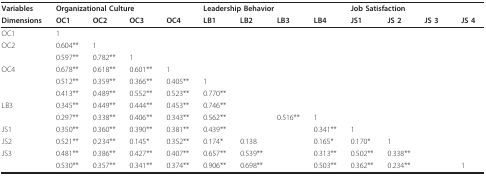
<table><thead><tr><td><b>Variables</b></td><td colspan="4"><b>Organizational Culture</b></td><td colspan="4"><b>Leadership Behavior</b></td><td colspan="4"><b>Job Satisfaction</b></td></tr><tr><td><b>Dimensions</b></td><td><b>OC1</b></td><td><b>OC2</b></td><td><b>OC3</b></td><td><b>OC4</b></td><td><b>LB1</b></td><td><b>LB2</b></td><td><b>LB3</b></td><td><b>LB4</b></td><td><b>JS1</b></td><td><b>JS 2</b></td><td><b>JS 3</b></td><td><b>JS 4</b></td></tr></thead><tbody><tr><td>OC1</td><td>1</td><td>[EMPTY_CELL]</td><td>[EMPTY_CELL]</td><td>[EMPTY_CELL]</td><td>[EMPTY_CELL]</td><td>[EMPTY_CELL]</td><td>[EMPTY_CELL]</td><td>[EMPTY_CELL]</td><td>[EMPTY_CELL]</td><td>[EMPTY_CELL]</td><td>[EMPTY_CELL]</td><td>[EMPTY_CELL]</td></tr><tr><td>OC2</td><td>0.604**</td><td>1</td><td>[EMPTY_CELL]</td><td>[EMPTY_CELL]</td><td>[EMPTY_CELL]</td><td>[EMPTY_CELL]</td><td>[EMPTY_CELL]</td><td>[EMPTY_CELL]</td><td>[EMPTY_CELL]</td><td>[EMPTY_CELL]</td><td>[EMPTY_CELL]</td><td>[EMPTY_CELL]</td></tr><tr><td>[EMPTY_CELL]</td><td>0.597**</td><td>0.782**</td><td>1</td><td>[EMPTY_CELL]</td><td>[EMPTY_CELL]</td><td>[EMPTY_CELL]</td><td>[EMPTY_CELL]</td><td>[EMPTY_CELL]</td><td>[EMPTY_CELL]</td><td>[EMPTY_CELL]</td><td>[EMPTY_CELL]</td><td>[EMPTY_CELL]</td></tr><tr><td>OC4</td><td>0.678**</td><td>0.618**</td><td>0.601**</td><td>1</td><td>[EMPTY_CELL]</td><td>[EMPTY_CELL]</td><td>[EMPTY_CELL]</td><td>[EMPTY_CELL]</td><td>[EMPTY_CELL]</td><td>[EMPTY_CELL]</td><td>[EMPTY_CELL]</td><td>[EMPTY_CELL]</td></tr><tr><td>[EMPTY_CELL]</td><td>0.512**</td><td>0.359**</td><td>0.366**</td><td>0.405**</td><td>1</td><td>[EMPTY_CELL]</td><td>[EMPTY_CELL]</td><td>[EMPTY_CELL]</td><td>[EMPTY_CELL]</td><td>[EMPTY_CELL]</td><td>[EMPTY_CELL]</td><td>[EMPTY_CELL]</td></tr><tr><td>[EMPTY_CELL]</td><td>0.413**</td><td>0.489**</td><td>0.552**</td><td>0.523**</td><td>0.770**</td><td>[EMPTY_CELL]</td><td>[EMPTY_CELL]</td><td>[EMPTY_CELL]</td><td>[EMPTY_CELL]</td><td>[EMPTY_CELL]</td><td>[EMPTY_CELL]</td><td>[EMPTY_CELL]</td></tr><tr><td>LB3</td><td>0.345**</td><td>0.449**</td><td>0.444**</td><td>0.453**</td><td>0.746**</td><td>[EMPTY_CELL]</td><td>[EMPTY_CELL]</td><td>[EMPTY_CELL]</td><td>[EMPTY_CELL]</td><td>[EMPTY_CELL]</td><td>[EMPTY_CELL]</td><td>[EMPTY_CELL]</td></tr><tr><td>[EMPTY_CELL]</td><td>0.297**</td><td>0.338**</td><td>0.406**</td><td>0.343**</td><td>0.562**</td><td>[EMPTY_CELL]</td><td>0.516**</td><td>1</td><td>[EMPTY_CELL]</td><td>[EMPTY_CELL]</td><td>[EMPTY_CELL]</td><td>[EMPTY_CELL]</td></tr><tr><td>JS1</td><td>0.350**</td><td>0.360**</td><td>0.390**</td><td>0.381**</td><td>0.439**</td><td>[EMPTY_CELL]</td><td>[EMPTY_CELL]</td><td>0.341**</td><td>1</td><td>[EMPTY_CELL]</td><td>[EMPTY_CELL]</td><td>[EMPTY_CELL]</td></tr><tr><td>JS2</td><td>0.521**</td><td>0.234**</td><td>0.145*</td><td>0.352**</td><td>0.174*</td><td>0.138</td><td>[EMPTY_CELL]</td><td>0.165*</td><td>0.170*</td><td>1</td><td>[EMPTY_CELL]</td><td>[EMPTY_CELL]</td></tr><tr><td>JS3</td><td>0.481**</td><td>0.386**</td><td>0.427**</td><td>0.407**</td><td>0.657**</td><td>0.539**</td><td>[EMPTY_CELL]</td><td>0.313**</td><td>0.502**</td><td>0.338**</td><td>[EMPTY_CELL]</td><td>[EMPTY_CELL]</td></tr><tr><td>[EMPTY_CELL]</td><td>0.530**</td><td>0.357**</td><td>0.341**</td><td>0.374**</td><td>0.906**</td><td>0.698**</td><td>[EMPTY_CELL]</td><td>0.503**</td><td>0.362**</td><td>0.234**</td><td>[EMPTY_CELL]</td><td>1</td></tr></tbody></table>